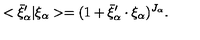
< \bar { \xi } _ { \alpha } ^ { \prime } \vert \xi _ { \alpha } > = ( 1 + \bar { \xi } _ { \alpha } ^ { \prime } \cdot \xi _ { \alpha } ) ^ { J _ { \alpha } } .